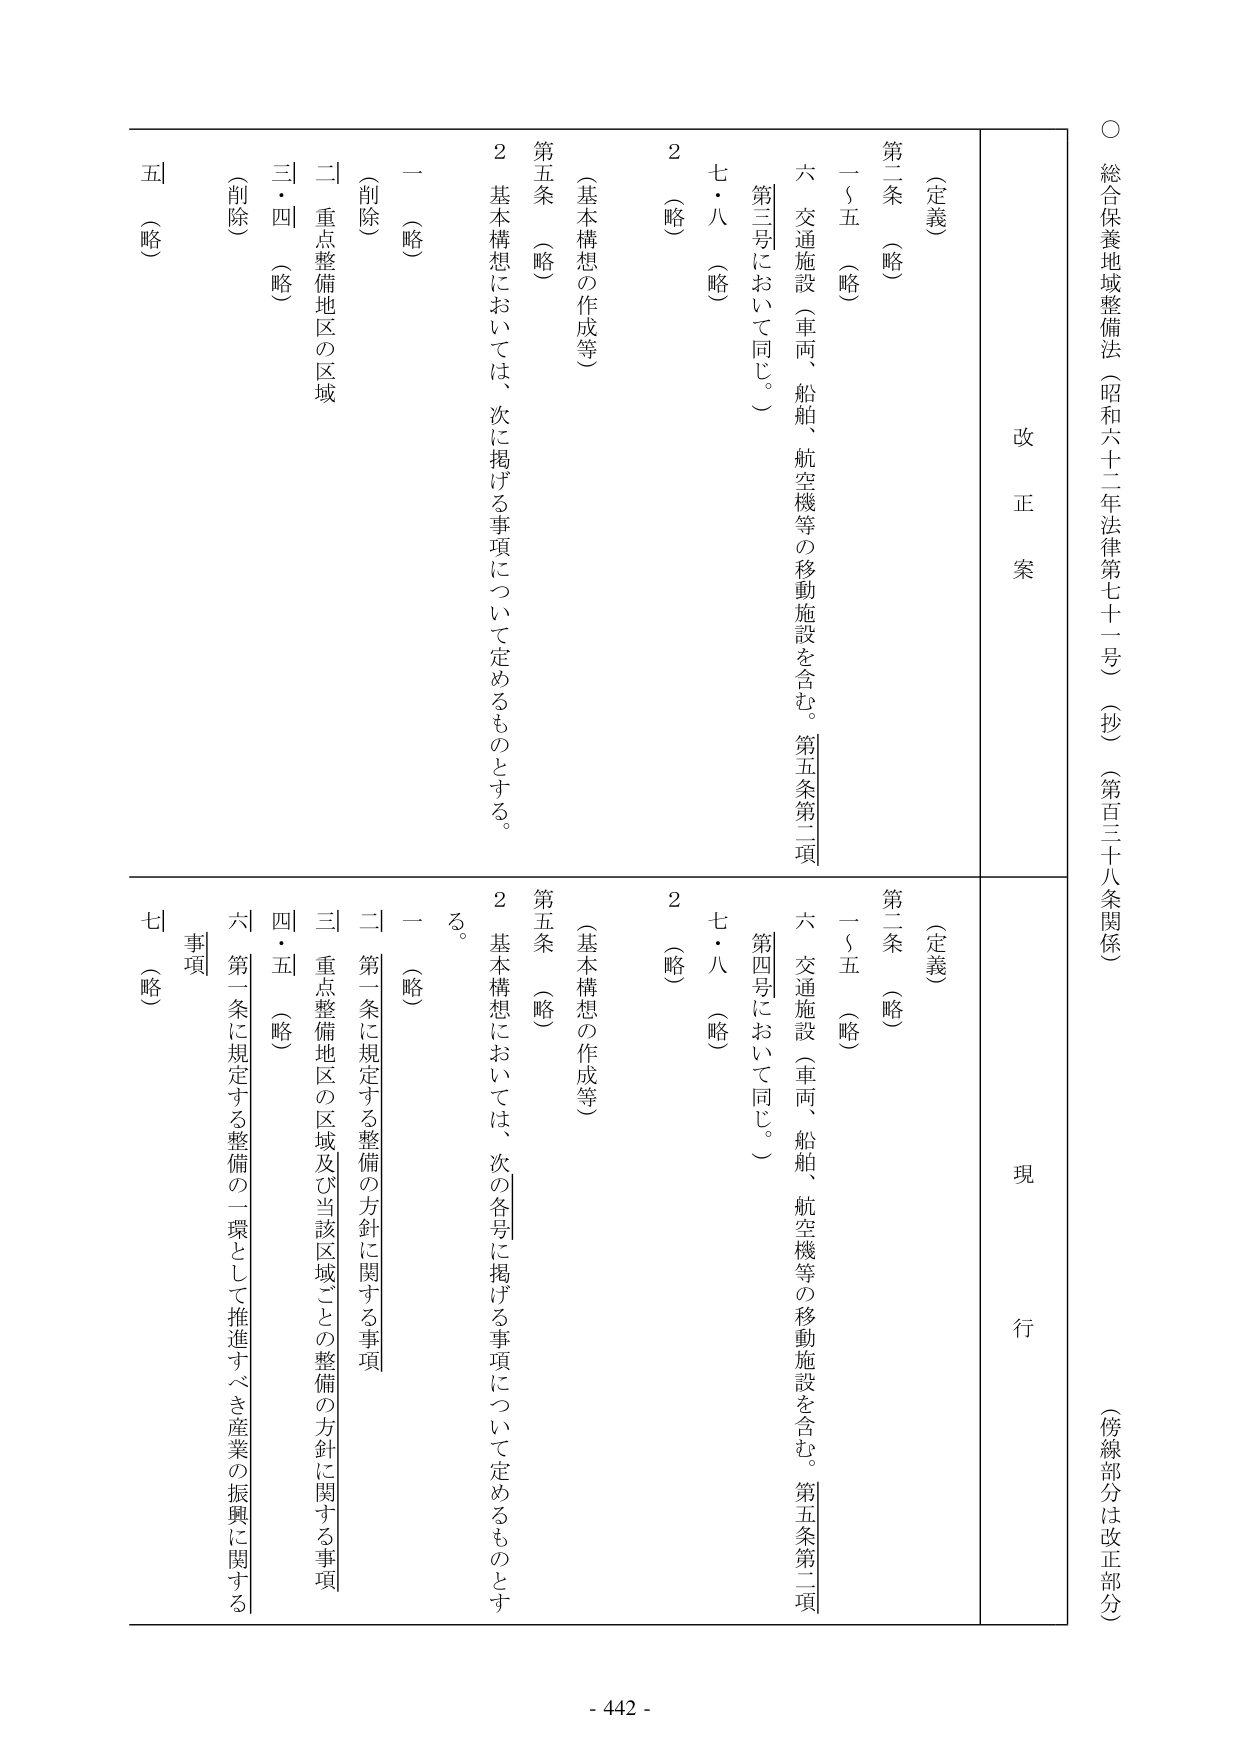
○ 総合保養地域整備法（昭和六十二年法律第七十一号）（抄）（第百三十八条関係）
（傍線部分は改正部分）

改正案
現行

（定義）
第二条 （略）
一～五 （略）
六 交通施設（車両、船舶、航空機等の移動施設を含む。第五条第二項
第三号において同じ。）
七・八 （略）
2 （略）

（定義）
第二条 （略）
一～五 （略）
六 交通施設（車両、船舶、航空機等の移動施設を含む。第五条第二項
第四号において同じ。）
七・八 （略）
2 （略）

（基本構想の作成等）
第五条 （略）
2 基本構想においては、次に掲げる事項について定めるものとする。
一 （略）
（削除）
二 重点整備地区の区域
三・四 （略）
五 （略）

（基本構想の作成等）
第五条 （略）
2 基本構想においては、次の各号に掲げる事項について定めるものとする。
一 （略）
二 第一条に規定する整備の方針に関する事項
三 重点整備地区の区域及び当該区域ごとの整備の方針に関する事項
四・五 （略）
六 第一条に規定する整備の一環として推進すべき産業の振興に関する事項
七 （略）

- 442 -